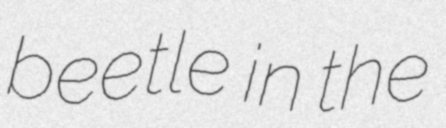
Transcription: beetle in the